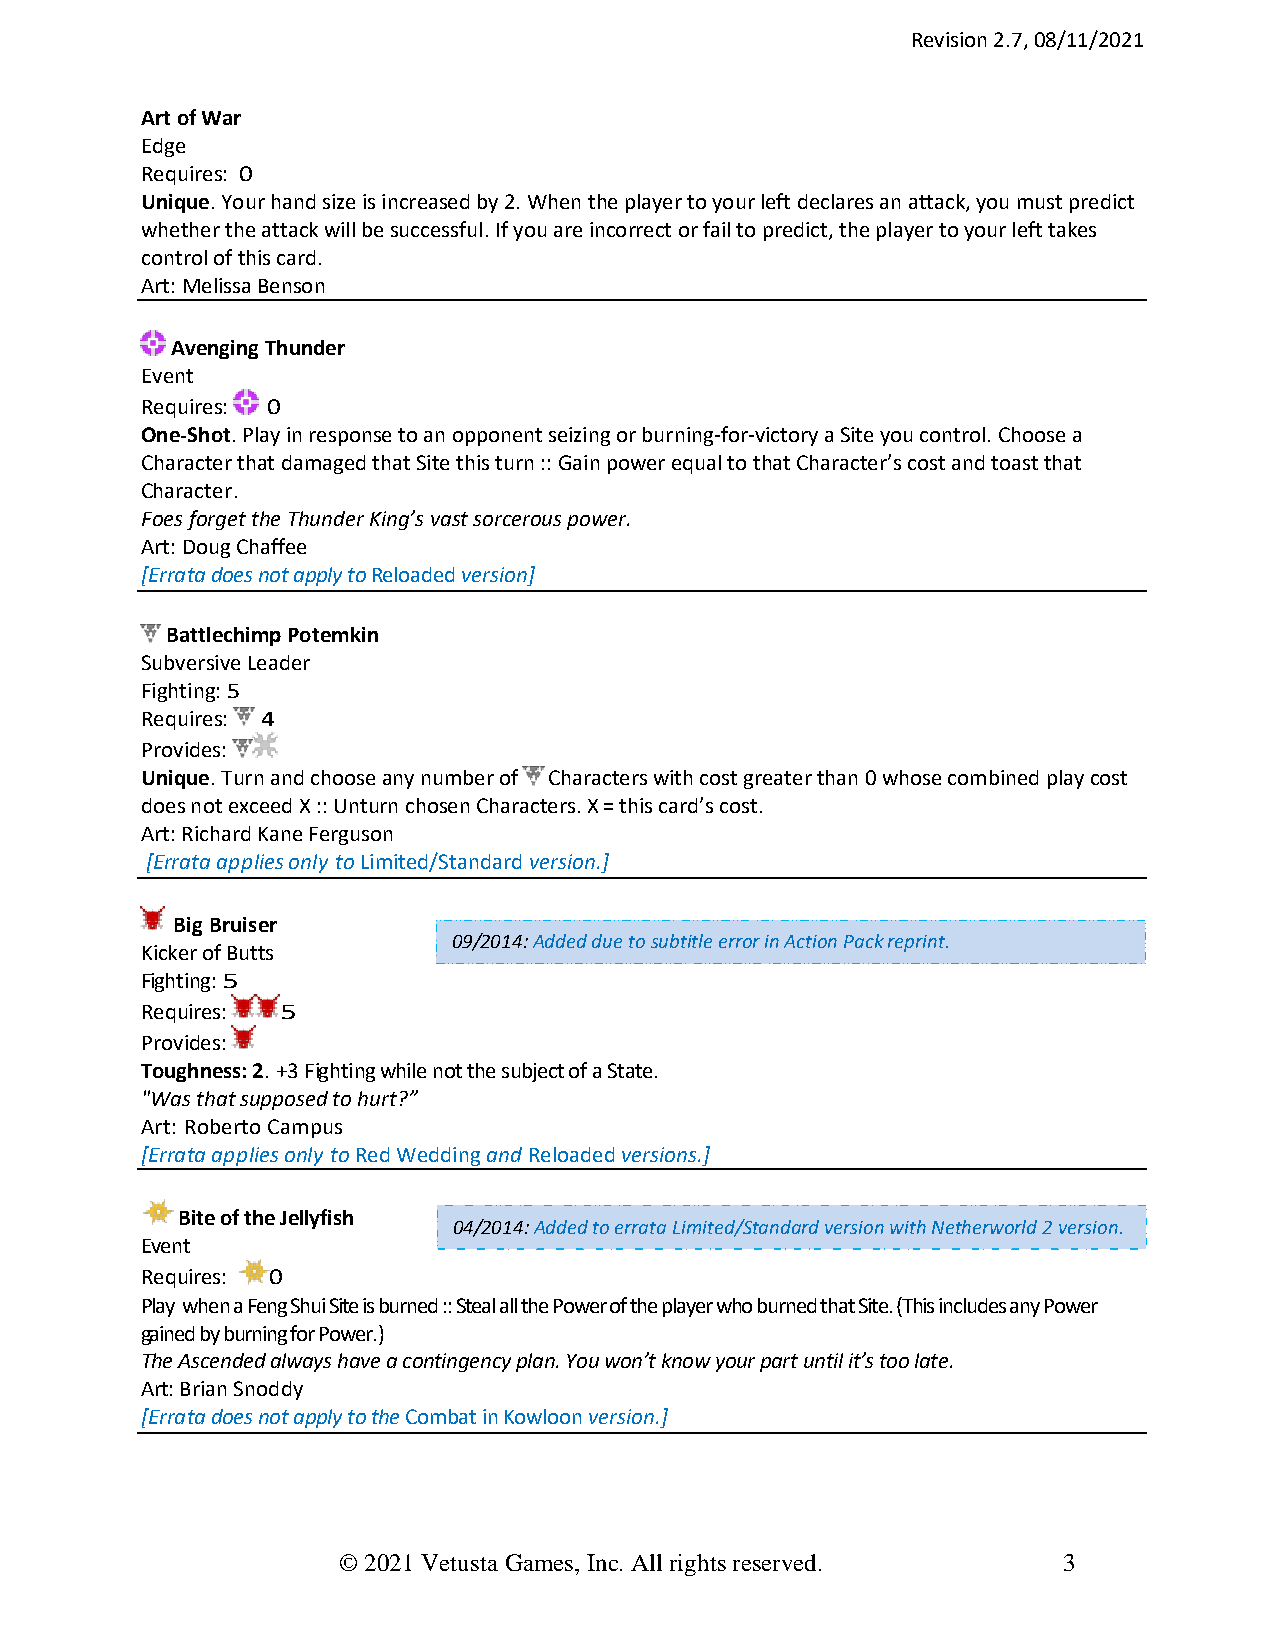
Revision 2.7, 08/11/2021
 Art of War
 Edge
 Requires: 0
 Unique. Your hand size is increased by 2. When the player to your left declares an attack, you must predict
 whether the attack will be successful. If you are incorrect or fail to predict, the player to your left takes
 control of this card.
 Art: Melissa Benson
 Avenging Thunder
 Event
 Requires: 0
 One-Shot. Play in response to an opponent seizing or burning-for-victory a Site you control. Choose a
 Character that damaged that Site this turn :: Gain power equal to that Character’s cost and toast that
 Character.
 Foes forget the Thunder King’s vast sorcerous power.
 Art: Doug Chaffee
 [Errata does not apply to Reloaded version]
 Battlechimp Potemkin
 Subversive Leader
 Fighting: 5
 Requires: 4
 Provides:
 Unique. Turn and choose any number of Characters with cost greater than 0 whose combined play cost
 does not exceed X :: Unturn chosen Characters. X = this card’s cost.
 Art: Richard Kane Ferguson
 [Errata applies only to Limited/Standard version.]
 Big Bruiser
 09/2014: Added due to subtitle error in Action Pack reprint.
 Kicker of Butts
 Fighting: 5
 Requires: 5
 Provides:
 Toughness: 2. +3 Fighting while not the subject of a State.
 "Was that supposed to hurt?”
 Art: Roberto Campus
 [Errata applies only to Red Wedding and Reloaded versions.]
 Bite of the Jellyfish
 04/2014: Added to errata Limited/Standard version with Netherworld 2 version.
 Event
 Requires: 0
 Play when a Feng Shui Site is burned :: Steal all the Power of the player who burned that Site. (This includes any Power
 gained by burning for Power.)
 The Ascended always have a contingency plan. You won’t know your part until it’s too late.
 Art: Brian Snoddy
 [Errata does not apply to the Combat in Kowloon version.]
 © 2021 Vetusta Games, Inc. All rights reserved. 3